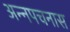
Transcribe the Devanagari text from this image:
अन्नपचनास